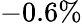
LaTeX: -0.6\%